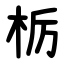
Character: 栃